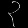
Digit: ၃